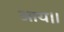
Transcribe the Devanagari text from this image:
आय।।